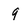
Character: q